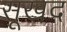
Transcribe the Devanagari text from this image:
सूखद